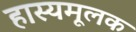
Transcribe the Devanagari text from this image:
हास्यमूलक